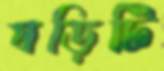
ঘড়িটি